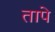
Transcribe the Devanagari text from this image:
तापे